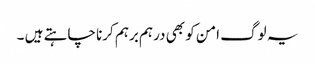
یہ لوگ امن کو بھی درہم برہم کرنا چاہتے ہیں ۔